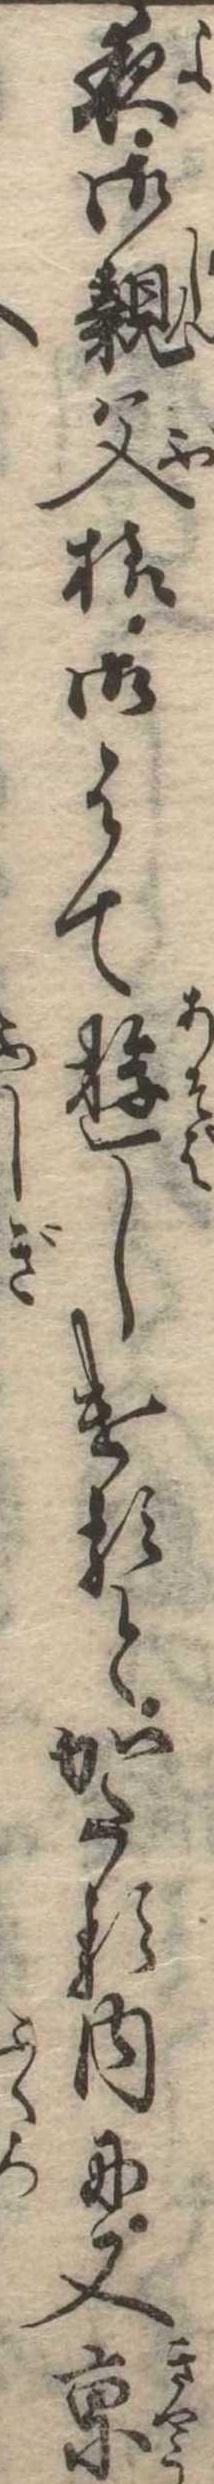
夜御親父様御はて遊しけるとかたる内に又京